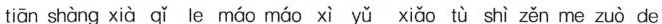
tiān shàng xià qǐ le máo máo xì yǔ xiǎo tù shì zěn me zuò de